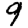
Digit: 9